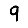
Digit: 9